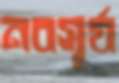
নবসূর্য